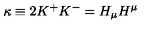
\kappa \equiv 2 K ^ { + } K ^ { - } = H _ { \mu } H ^ { \mu }